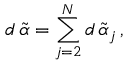
d \, \widetilde { \alpha } = \sum _ { j = 2 } ^ { N } d \, \widetilde { \alpha } _ { j } \, ,